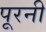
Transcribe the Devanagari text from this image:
पूरनी